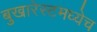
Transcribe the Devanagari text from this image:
बुखारेस्टमध्येच